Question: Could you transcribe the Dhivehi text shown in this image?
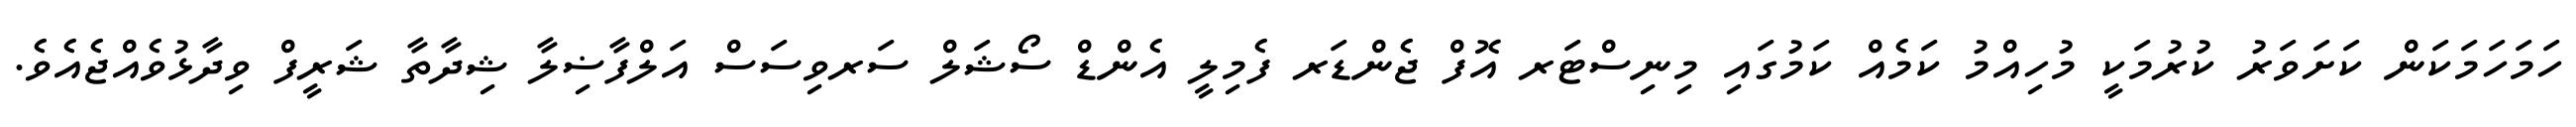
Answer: ހަމަހަމަކަން ކަށަވަރު ކުރުމަކީ މުހިއްމު ކަމެއް ކަމުގައި މިނިސްޓަރ އޮފް ޖެންޑަރ ފެމިލީ އެންޑް ސޯޝަލް ސަރވިސަސް އަލްފާޟިލާ ޝިދާތާ ޝަރީފް ވިދާޅުވެއްޖެއެވެ.